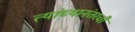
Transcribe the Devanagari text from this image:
त्यांच्यानंतरची